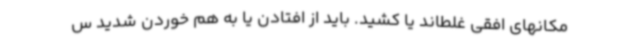
مکانهای افقی غلطاند یا کشید. باید از افتادن یا به هم خوردن شدید س